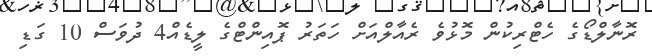
ރޮނާލްޑޯގެ ހެޓްރިކުން މޮޅުވެ ރެއާލްއަށް ހަތަރު ޕޮއިންޓްގެ ލީޑެއް4 ދުވަސް 10 ގަޑި